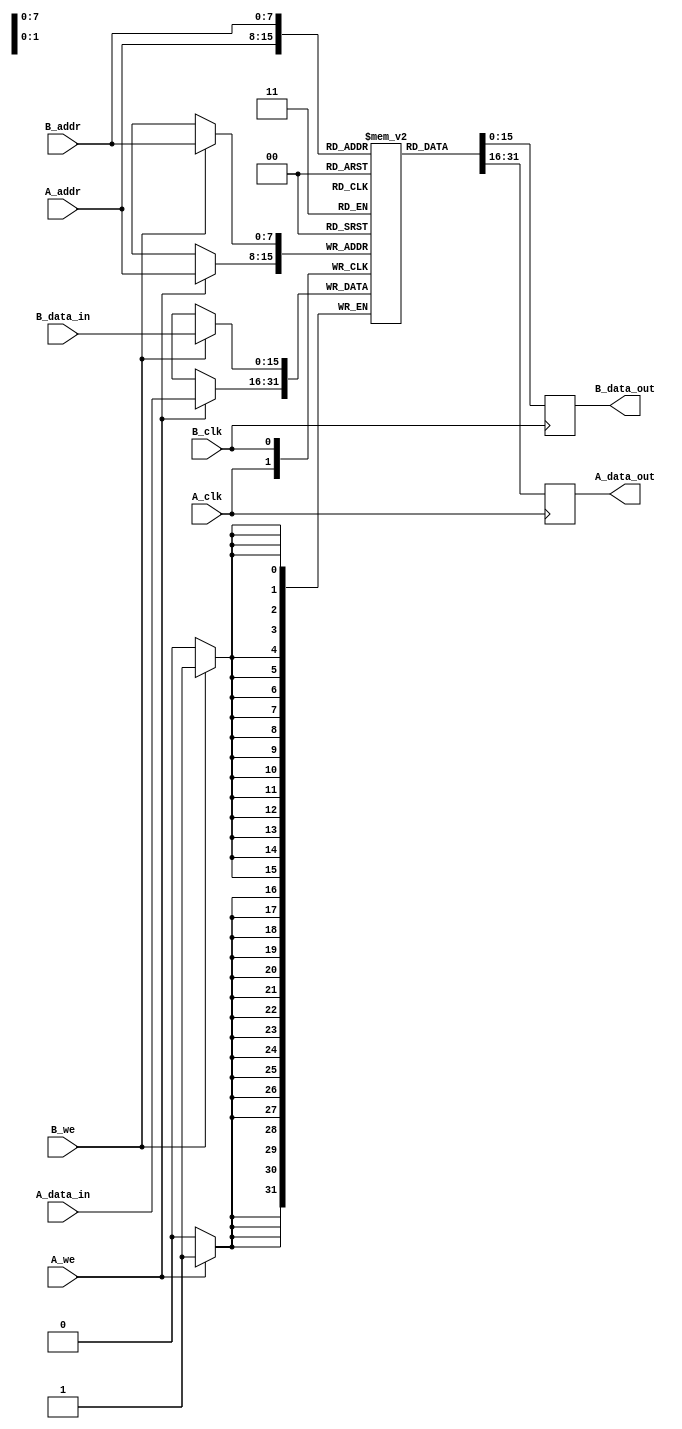
module dual_port_ram #(
    parameter ADDR_WIDTH = 8,  // Address width
    parameter DATA_WIDTH = 16,  // Data width
    parameter MEM_DEPTH = 256   // Memory depth
)(
    // Port A
    input wire [ADDR_WIDTH-1:0] A_addr,
    input wire [DATA_WIDTH-1:0] A_data_in,
    output reg [DATA_WIDTH-1:0] A_data_out,
    input wire A_we,
    input wire A_clk,

    // Port B
    input wire [ADDR_WIDTH-1:0] B_addr,
    input wire [DATA_WIDTH-1:0] B_data_in,
    output reg [DATA_WIDTH-1:0] B_data_out,
    input wire B_we,
    input wire B_clk
);

    // Memory array declaration
    reg [DATA_WIDTH-1:0] mem_array [0:MEM_DEPTH-1];

    // Port A operations
    always @(posedge A_clk) begin
        if (A_we) begin
            // Write operation for Port A
            mem_array[A_addr] <= A_data_in;
        end
        // Read operation for Port A
        A_data_out <= mem_array[A_addr];
    end

    // Port B operations
    always @(posedge B_clk) begin
        if (B_we) begin
            // Write operation for Port B
            mem_array[B_addr] <= B_data_in;
        end
        // Read operation for Port B
        B_data_out <= mem_array[B_addr];
    end

endmodule